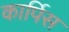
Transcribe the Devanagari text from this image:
कार्पिस